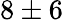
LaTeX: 8\pm 6